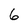
Character: 6